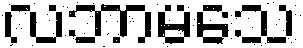
လဘာမသေ